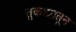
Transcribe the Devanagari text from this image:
तुकड्यातून